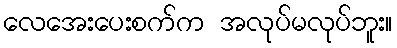
လေအေးပေးစက်က အလုပ်မလုပ်ဘူး။